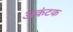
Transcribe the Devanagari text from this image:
अकंटक